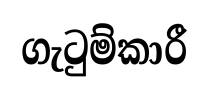
ගැටුම්කාරී